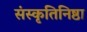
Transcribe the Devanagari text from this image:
संस्कृतिनिष्ठा